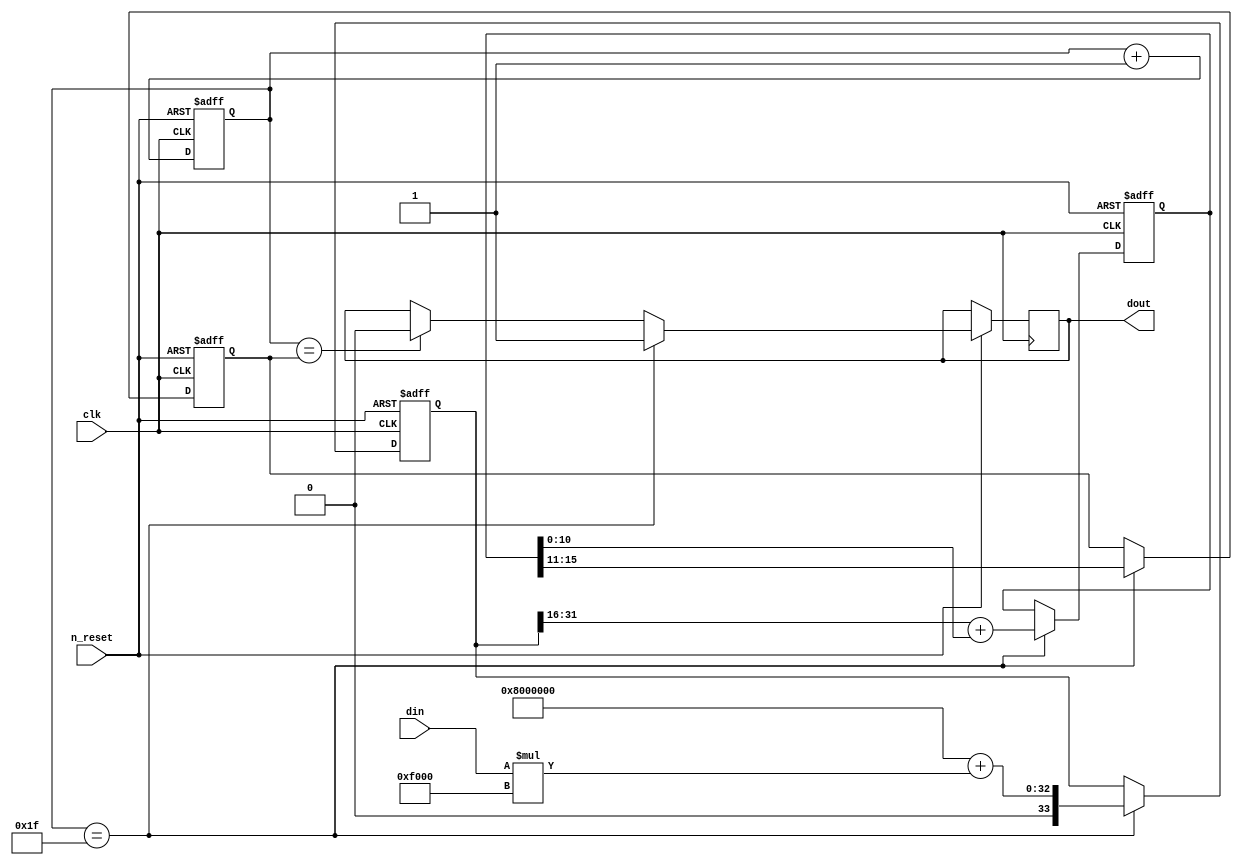
module hybrid_pwm_sd
(
	input clk,
	input n_reset,
	input [15:0] din,
	output dout
);

reg [4:0] pwmcounter;
reg [4:0] pwmthreshold;
reg [33:0] scaledin;
reg [15:0] sigma;
reg out;

assign dout=out;

always @(posedge clk, negedge n_reset) // FIXME reset logic;
begin
	if(!n_reset)
	begin
		sigma<=16'b00000100_00000000;
		pwmthreshold<=5'b10000;
        pwmcounter<=5'd0;
        scaledin<=34'd0;
	end
	else
	begin
		pwmcounter<=pwmcounter+1;

		if(pwmcounter==pwmthreshold)
			out<=1'b0;

		if(pwmcounter==5'b11111) // Update threshold when pwmcounter reaches zero
		begin
			// Pick a new PWM threshold using a Sigma Delta
			scaledin<=33'd134217728 // (1<<(16-5))<<16, offset to keep centre aligned.
				+({1'b0,din}*61440); // 30<<(16-5)-1;
			sigma<=scaledin[31:16]+{5'b000000,sigma[10:0]};	// Will use previous iteration's scaledin value
			pwmthreshold<=sigma[15:11]; // Will lag 2 cycles behind, but shouldn't matter.
			out<=1'b1;
		end

	end
end

endmodule